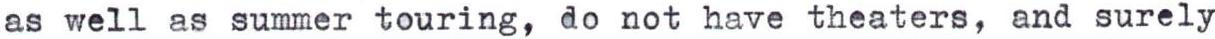
as well as summer touring, do not have theaters, and surely